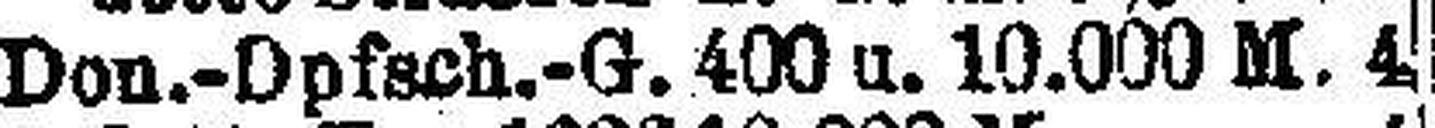
Don.-Opfsch.-G. 400 u. 10.000 M. 4